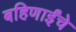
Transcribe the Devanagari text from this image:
बहिणाईंचे